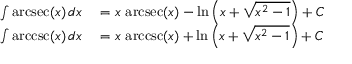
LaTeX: \begin{array} { r l } { \int \operatorname { a r c s e c } ( x ) \, d x } & { { } { } = x \, \operatorname { a r c s e c } ( x ) - \ln \left( x + { \sqrt { x ^ { 2 } - 1 } } \right) + C } \\ { \int \operatorname { a r c c s c } ( x ) \, d x } & { { } { } = x \, \operatorname { a r c c s c } ( x ) + \ln \left( x + { \sqrt { x ^ { 2 } - 1 } } \right) + C } \end{array}